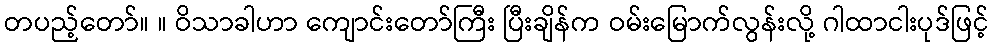
တပည့်တော်။ ။ ဝိသာခါဟာ ကျောင်းတော်ကြီး ပြီးချိန်က ဝမ်းမြောက်လွန်းလို့ ဂါထာငါးပုဒ်ဖြင့်